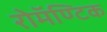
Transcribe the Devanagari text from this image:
रोमॅण्टिक